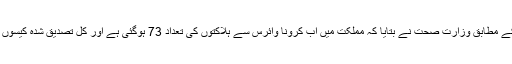
غیرملکی خبررساں ادارے کے مطابق وزارت صحت نے بتایا کہ مملکت میں اب کرونا وائرس سے ہلاکتوں کی تعداد 73 ہوگئی ہے اور کل تصدیق شدہ کیسوں کی تعداد 5369 ہوگئی ہے۔